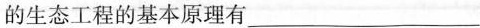
的生态工程的基本原理有___